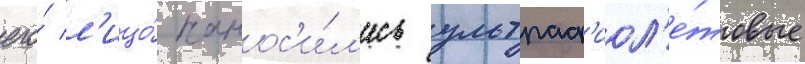
его́ л'ицо́ нанос'и́л'ись ультраф'иол'е́товые